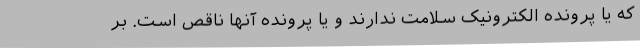
که یا پرونده الکترونیک سلامت ندارند و یا پرونده آنها ناقص است. بر